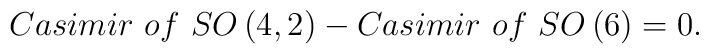
Casimir\,\,of\,\,SO\left( 4,2\right) -Casimir\,\,of\,\,SO\left( 6\right) =0.